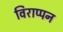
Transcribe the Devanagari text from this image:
विराप्पन